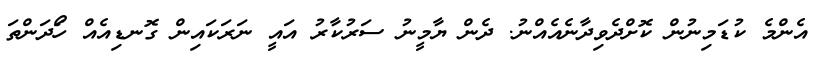
އެންމެ ކުޑަމިނުން ކޮށްދެވިދާނެެއެއްނު. ދެން ޔާމީނު ސަރުކާރު އައީ ނަރަކައިން ގޮނޑިއެއް ހޯަދަންތަ